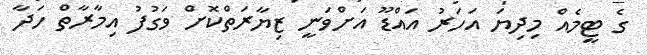
ގެ ޓީމެއް މިދިޔަ އަހަރު އައްޑޫ އަށްވަނީ ޒިޔާރަތްކޮށް ވަގުފު އިމާރާތް ހަދާ